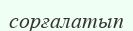
сорғалатып